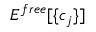
E ^ { f r e e } [ \{ c _ { j } \} ]